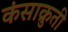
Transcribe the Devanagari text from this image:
कंसाक्रुती